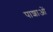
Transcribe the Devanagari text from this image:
पाशाओं